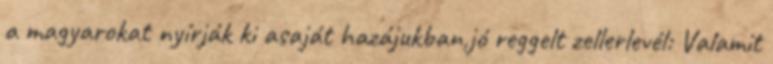
a magyarokat nyírják ki asaját hazájukban,jó reggelt zellerlevél: Valamit